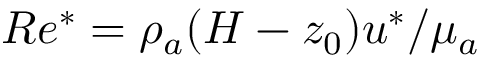
R e ^ { * } = \rho _ { a } ( H - z _ { 0 } ) u ^ { * } / \mu _ { a }